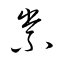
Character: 祟